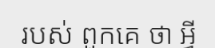
របស់ ពួកគេ ថា អ្វី